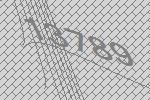
13789